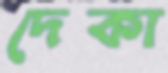
দেকা